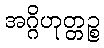
အဂ္ဂိဟုတ္တဉ္စ